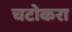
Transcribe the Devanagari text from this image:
चटोकरा